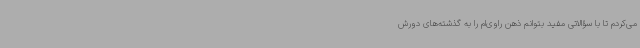
می‌کردم تا با سؤالاتی مفید بتوانم ذهن راوی‌ام را به گذشته‌های دورش